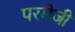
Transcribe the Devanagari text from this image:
परमेजी